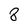
Character: 8